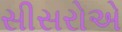
સીસરોએ